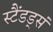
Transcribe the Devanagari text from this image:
स्टैंडड्सं